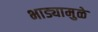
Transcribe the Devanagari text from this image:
भाड्यामुळे